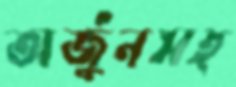
অর্জুনসহ